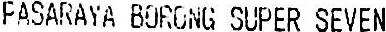
FASARAYA BORONG SUPER SEVEN